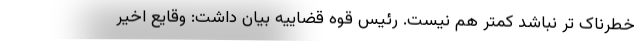
خطرناک تر نباشد کمتر هم نیست. رئیس قوه قضاییه بیان داشت: وقایع اخیر